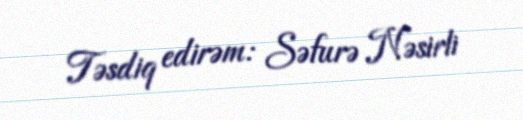
Təsdiq edirəm: Səfurə Nəsirli